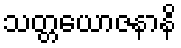
သတ္တယောဇနာနိ